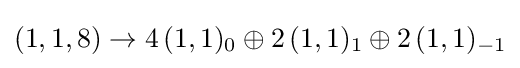
(1,1,8)\rightarrow 4\,(1,1)_{0}\oplus 2\,(1,1)_{1}\oplus 2\,(1,1)_{-1}